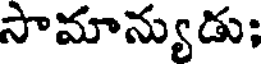
సామాన్యుడు;